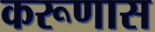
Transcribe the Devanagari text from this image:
करूणास